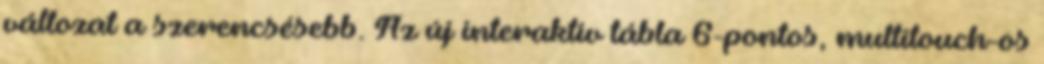
változat a szerencsésebb. Az új interaktív tábla 6-pontos, multitouch-os